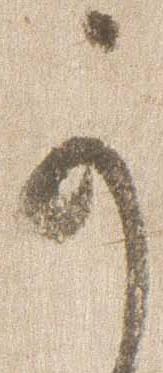
可